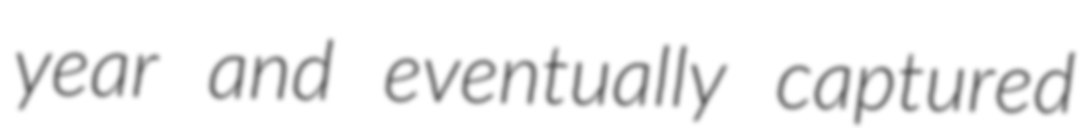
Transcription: year and eventually captured